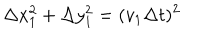
\Delta x _ { 1 } ^ { 2 } + \Delta y _ { 1 } ^ { 2 } = ( v _ { 1 } \Delta t ) ^ { 2 }